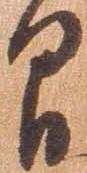
間